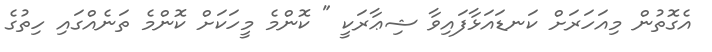
އެގޮތުން މިއަހަރަށް ކަނޑައަޅާފައިވާ ޝިޢާރަކީ " ކޮންމެ މީހަކަށް ކޮންމެ ތަނެއްގައި ހިތުގެ